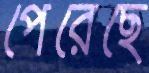
পেরেছে